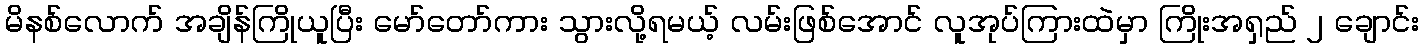
မိနစ်လောက် အချိန်ကြိုယူပြီး မော်တော်ကား သွားလို့ရမယ့် လမ်းဖြစ်အောင် လူအုပ်ကြားထဲမှာ ကြိုးအရှည် ၂ ချောင်း